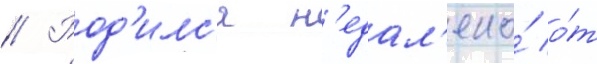
// Род'илс'я н'едал'еко́ о́т